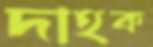
দাহক